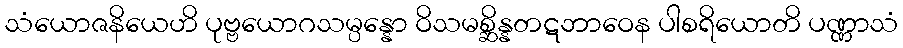
သံယောဇနိယေဟိ ပုဗ္ဗယောဂသမ္ပန္နော ဝိသမစ္ဆိန္နတဋဘာဝေန ပါစရိယောတိ ပဏ္ဏာသံ